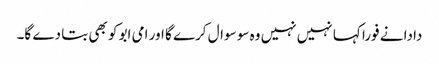
دادا نے فورا کہا نہیں نہیں وہ سو سوال کرے گا اور امی ابو کو بھی بتا دے گا۔